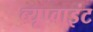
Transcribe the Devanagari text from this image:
व्यूप्वाइंट